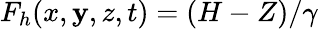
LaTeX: F_{h}(x,\mathbf{y},z,t)=(H-Z)/\gamma